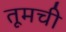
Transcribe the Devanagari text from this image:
तूमची